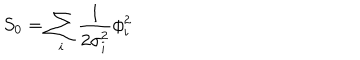
LaTeX: S _ { 0 } = \sum _ { i } { \frac { 1 } { 2 \sigma _ { i } ^ { 2 } } } \phi _ { i } ^ { 2 }